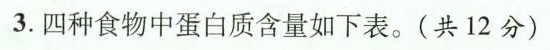
3.四种食物中蛋白质含量如下表。(共12分)